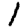
Digit: 1